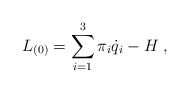
\begin{align*}L_{(0)}=\sum_{i=1}^{3}\pi _{i}\dot{q}_{i}-H\;,\end{align*}